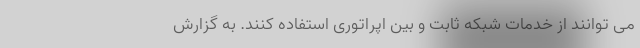
می توانند از خدمات شبکه ثابت و بین اپراتوری استفاده کنند. به گزارش